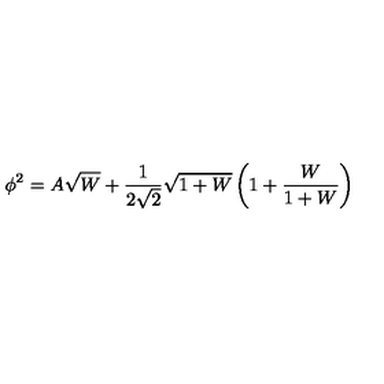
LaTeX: \phi ^ { 2 } = A \sqrt { W } + \frac { 1 } { 2 \sqrt { 2 } } \sqrt { 1 + W } \left( 1 + \frac { W } { 1 + W } \right)